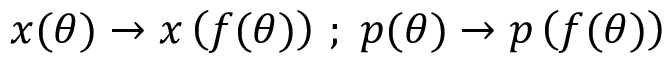
x ( \theta ) \rightarrow x \left( f ( \theta ) \right) \, ; \; p ( \theta ) \rightarrow p \left( f ( \theta ) \right)